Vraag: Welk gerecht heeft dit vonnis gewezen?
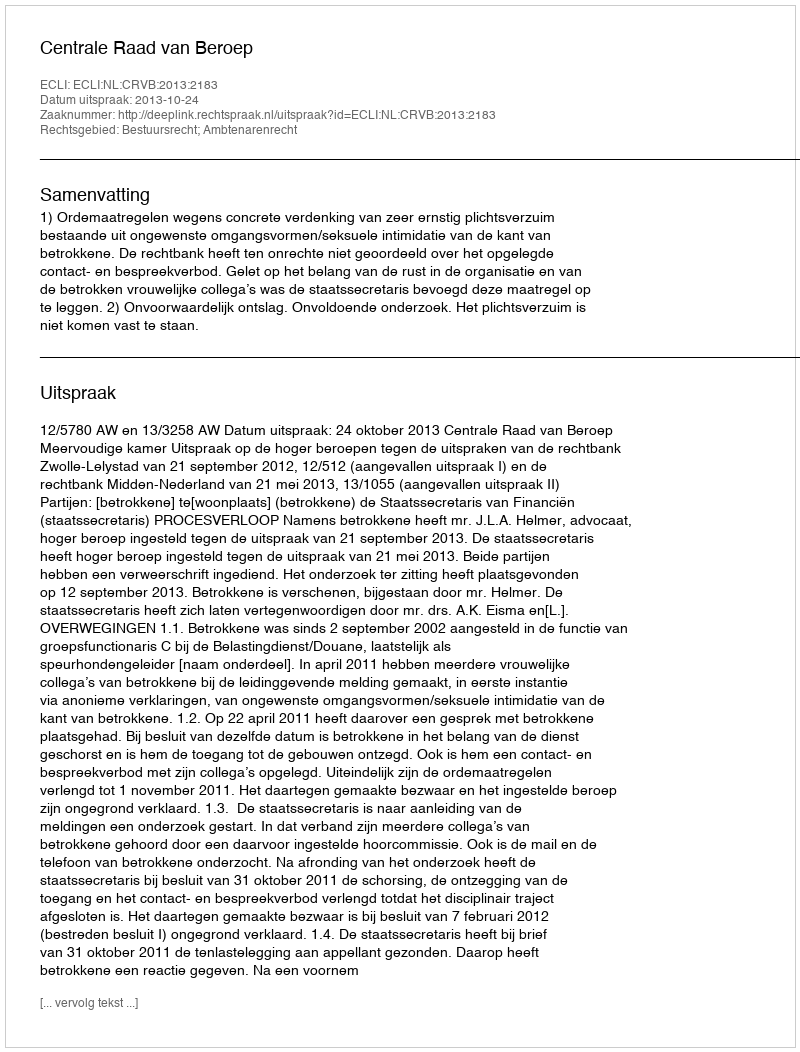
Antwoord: Centrale Raad van Beroep